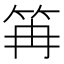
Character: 𥬕